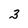
Character: 3